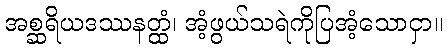
အစ္ဆရိယဒဿနတ္ထံ၊ အံ့ဖွယ်သရဲကိုပြအံ့သောငှာ။